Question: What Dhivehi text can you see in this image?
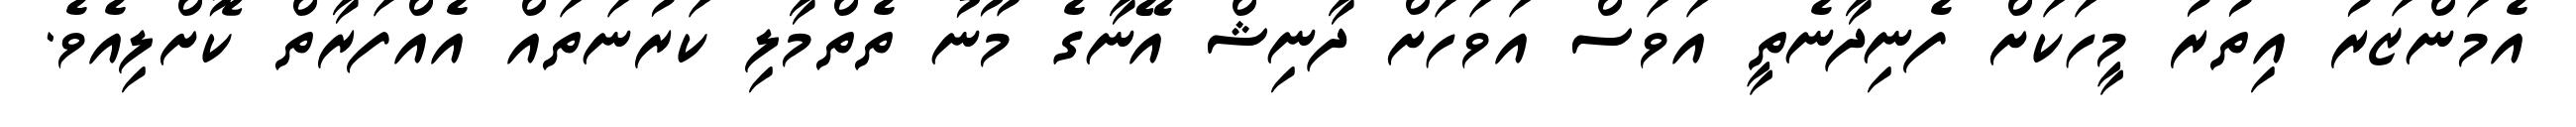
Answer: އެމަންޒަރު އިތުރު މީހަކަށް ފެނިދާނެތީ އަވަސް އަވަހަށް ދާނިޝް އޭނާގެ މޫނު ތެތްމާލި ކަރުނަތައް އެއްފަރާތް ކޮށްލިއެވެ.